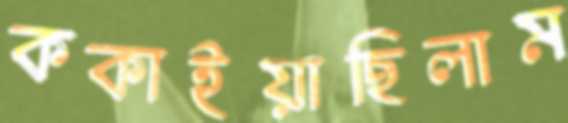
ককাইয়াছিলাম